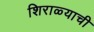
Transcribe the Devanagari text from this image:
शिराळ्याची